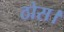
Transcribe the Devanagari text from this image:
ठोस।